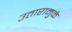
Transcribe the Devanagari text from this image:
उतारामुळे